[Report on the health of British troops in the Madras command]
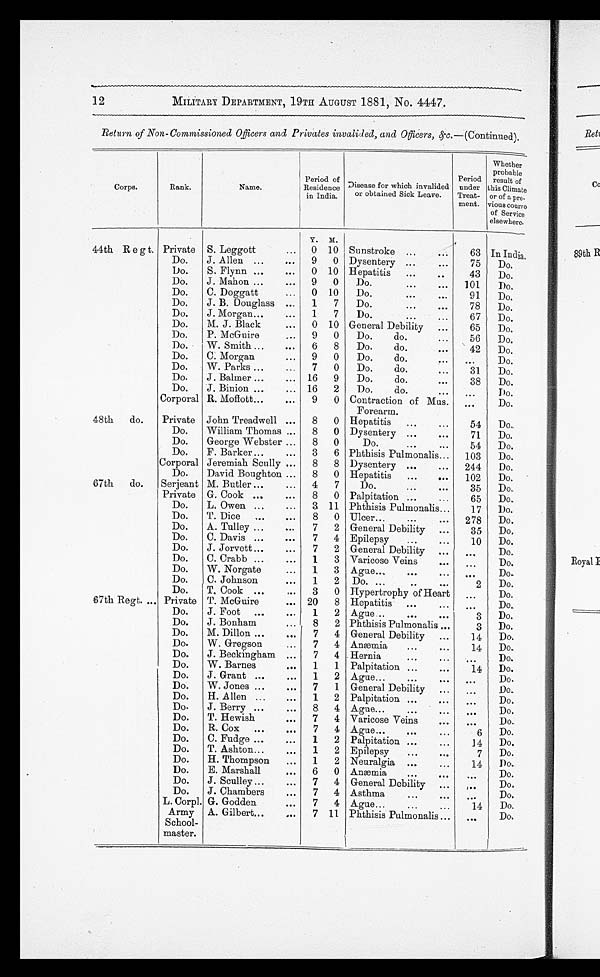
12
MILITARY DEPARTMENT, 19TH AUGUST 1881, No. 4447.
Return of Non-Commissioned Officers and Privates invalided, and Officers, &c.—(Continued).
Corps.
Rank.
Name.
Period of
Residence
in India.
Disease for which invalided
or obtained Sick Leave.
Period
under
Treat-
ment.
Whether
probable
result of
this Climate
or of a pro-
vious course
of Service
elsewhere.
Y.
M.
44th R e g t. Private S. Leggott
...
0 10 Sunstroke ...
. . .
63 In India.
Do.
J. Allen ...
...
9
0 Dysentery ...
. . . . . .
75
Do.
Do.
S. Flynn ...
...
0 10 Hepatitis
...
..
43
Do.
Do.
J. Mahon ...
...
9
0
Do.
...
...
101
Do.
Do.
C. Doggatt
...
0 10
Do.
...
. . .
91
Do.
Do.
J. B. Douglass ...
1
7
Do.
...
. . .
78
Do.
Do.
J. Morgan...
...
1
7
Do.
...
...
67
Do.
Do.
M. J. Black
...
0 10 General Debility
...
65
Do.
Do.
P. McGuire
...
9
0
Do.
do.
...
56
Do.
Do.
W. Smith ...
...
6
8
Do.
do.
...
42
Do.
Do.
C. Morgan
...
9
0
Do.
do.
. . .
. . .
Do.
Do.
W. Parks ...
. . .
7
0
Do.
do.
...
31
Do.
Do.
J. Balmer ...
... 16
9
Do.
do.
. . .
38
Do.
Do.
J. Binion ...
. . .
16
2
Do.
do.
...
...
Do.
Corporal R. Moffott...
. . .
9
0 Contraction of Mus.
Forearm.
. . .
Do.
48th
do.
Private John Treadwell ...
8
0 Hepatitis
...
54
Do,.
Do.
William Thomas ...
8
0 Dysentery ...
. . .
71
Do.
Do.
George Webster ...
8
0
Do.
...
. . .
54
Do.
Do.
F. Barker ...
...
3
6 Phthisis Pulmonalis...
103
Do.
Corporal Jeremiah Scully ...
8
8 Dysentery ...
...
244
Do..
Do.
David Boughton ...
8
0 Hepatitis
...
...
102
Do.
67th
do.
Serjeant M. Butler ...
...
4
7
Do.
...
. . .
35
Do.
Private G. Cook ...
...
8
0 Palpitation ...
...
65
Do.
Do.
L. Owen ...
...
3 11 Phthisis Pulmonalis...
17
1)o.
Do.
T. Dice
...
...
8
0 Ulcer...
...
...
278
Do.
Do.
A. Tulley ...
...
7
2 General Debility
...
35
Do.
Do.
C. Davis ...
...
7
4 Epilepsy
...
. . .
10
Do.
Do.
J. Jorvett ...
...
7
2 General Debility ...
. . .
Do..
Do.
C. Crabb ...
...
1
3 Varicose Veins
Do.
Do.
W. Norgate
...
1
3 Ague.
...
Do..
Do.
C. Johnson
...
1
2 Do. ...
..
. . .
2
Do.
Do.
T. Cook ...
...
3
0 Hypertrophy of Heart
...
Do.
67th Regt. ... Private T. McGuire
... 20
8 Hepatitis ...
. . . . . . Do.
Do.
J. Foot ...
...
1
2 Ague ..
...
...
3
Do.
Do.
J. Bonham
...
8
2 Phthisis Pulmonalis...
3
Do.
Do.
M. Dillon ...
...
7
4 General Debility
...
14
Do.
Do.
W. Gregson
...
7
4 Anæmia
...
. . .
14
Do..
Do.
J. Beckingham ...
7
4 Hernia
...
Do.
Do.
W. Barnes
...
1
1 Palpitation ...
. . .
14
Do.
Do.
J. Grant ...
...
1
2 Ague...
...
Do.
Do.
W. Jones ...
. . .
7
1 General Debility
. . .
. . .
Do..
Do.
H. Allen ...
...
1
2 Palpitation ...
. . .
. . .
Do.
Do.
J. Berry ...
...
8
4 Ague...
...
Do.
Do.
T. Hewish
...
7
4 Varicose Veins
Do..
Do.
R. Cox
...
...
7
4 Ague...
...
. . .
6
Do.
Do.
C. Fudge ...
...
1
2 Palpitation ...
. . . . . . Do.
Do.
T. Ashton...
...
1
2 Epilepsy
...
7
Do.
Do.
H. Thompson
...
1
2 Neuralgia ...
. . .
14
Do..
Do.
E. Marshall
...
6
0 Anæmia
...
. . . Do.
Do.
J. Sculley...
...
7
4 General Debility
. . .
...
Do.
Do.
J. Chambers
...
7
4
4 Asthma
...
. . . Do.
L. Corpl. G. Godden
...
7
4
4 Ague...
...
14
Do.
Army
School-
master.
A. Gilbert...
...
7
1 1
1 1 Phthisis Pulmonalis
. . .
Do.